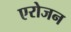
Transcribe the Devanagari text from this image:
एरोजन